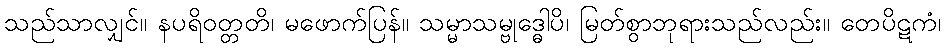
သည်သာလျှင်။ နပရိဝတ္တတိ၊ မဖောက်ပြန်။ သမ္မာသမ္ဗုဒ္ဓေါပိ၊ မြတ်စွာဘုရားသည်လည်း။ တေပိဋကံ၊